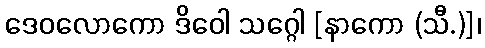
ဒေဝလောကော ဒိဝေါ သဂ္ဂေါ [နာကော (သီ.)]၊